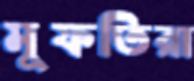
মুফতিরা